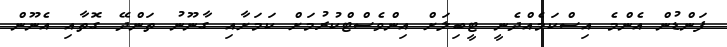
ފަންޑުން އެންމެ އިސްކަމެއްދެނީ ޓީބިލަށް އިންވެސްޓްކުރުމަށް ކަމަށާއި ގާނޫނު ތަންދޭ ގޮތާއި އެނޫން